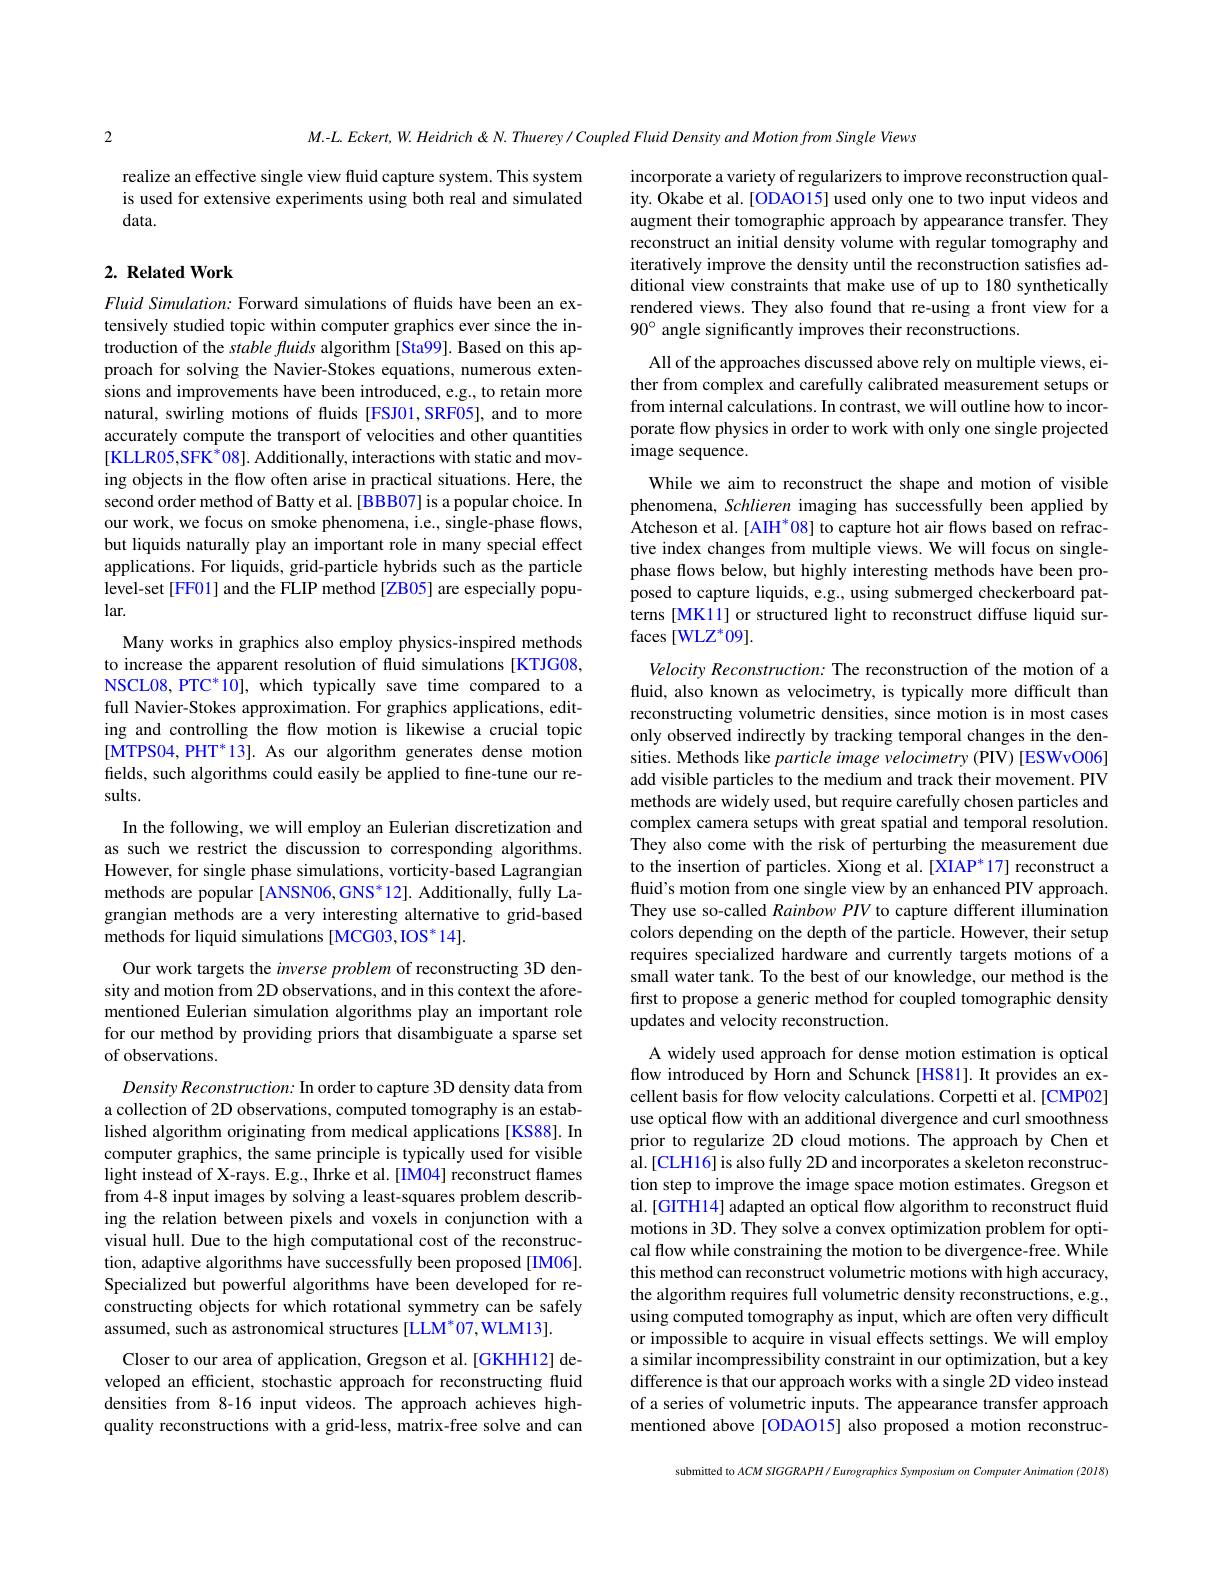
2

$M.-L.Eckert,W.Heidrich\&N.Thuerey/CoupledFluidDensityandMotionfromSingleViews$

realize an effective single view fluid capture system. This system is used for extensive experiments using both real and simulated data.

incorporate a variety of regularizers to improve reconstruction quality. Okabe et al. [ODAO15] used only one to two input videos and augment their tomographic approach by appearance transfer. They reconstruct an initial density volume with regular tomography and iteratively improve the density until the reconstruction satisfies additional view constraints that make use of up to 180 synthetically rendered views. They also found that re-using a front view for a $90^{\circ} angle significantly improves their reconstructions.$

## $2. \textbf{Related Work}$

All of the approaches discussed above rely on multiple views, either from complex and carefully calibrated measurement setups or from internal calculations. In contrast, we will outline how to incorporate flow physics in order to work with only one single projected image sequence.

While we aim to reconstruct the shape and motion of visible phenomena, Schlieren imaging has successfully been applied by Atcheson et al.[ AIH'08] to capture hot air flows based on refractive index changes from multiple views. We will focus on singlephase flows below, but highly interesting methods have been proposed to capture liquids, e.g., using submerged checkerboard patterns [MK11] or structured light to reconstruct diffuse liquid surfaces [WLZ*09].

Velocity Reconstruction: The reconstruction of the motion of a fluid, also known as velocimetry, is typically more difficult than reconstructing volumetric densities, since motion is in most cases only observed indirectly by tracking temporal changes in the densities. Methods like particle image velocimetry (PIV) [ESWvO06] add visible particles to the medium and track their movement. PIV methods are widely used, but require carefully chosen particles and complex camera setups with great spatial and temporal resolution. They also come with the risk of perturbing the measurement due to the insertion of particles. Xiong et al.[XIAP*17] reconstruct a fluid's motion from one single view by an enhanced PIV approach. They use so-called Rainbow PIV to capture different illumination colors depending on the depth of the particle. However, their setup requires specialized hardware and currently targets motions of a small water tank. To the best of our knowledge, our method is the first to propose a generic method for coupled tomographic density updates and velocity reconstruction.
A widely used approach for dense motion estimation is optical flow introduced by Horn and Schunck [HS81]. It provides an excellent basis for flow velocity calculations. Corpetti et al.[CMP02] use optical flow with an additional divergence and curl smoothness prior to regularize 2D cloud motions. The approach by Chen et al.[CLH16] is also fully 2D and incorporates a skeleton reconstruction step to improve the image space motion estimates. Gregson et

Fluid Simulation: Forward simulations of fluids have been an extensively studied topic within computer graphics ever since the introduction of the stable fluids algorithm [Sta99]. Based on this approach for solving the Navier-Stokes equations, numerous extensions and improvements have been introduced, e.g., to retain more natural, swirling motions of fluids [FSJ01,SRF05], and to more accurately compute the transport of velocities and other quantities [KLLR05,SFK$^*08].$ Additionally, interactions with static and moving objects in the flow often arise in practical situations. Here, the second order method of Batty et al.[BBB07] is a popular choice. In our work, we focus on smoke phenomena, i.e., single-phase flows, but liquids naturally play an important role in many special effect applications. For liquids, grid-particle hybrids such as the particle level-set [FF01] and the FLIP method [ZB05] are especially popular.
Many works in graphics also employ physics-inspired methods to increase the apparent resolution of fluid simulations [KTJG08, NSCL08, PTC*10], which typically save time compared to a full Navier-Stokes approximation. For graphics applications, editing and controlling the flow motion is likewise a crucial topic [MTPS04, PHT*13]. As our algorithm generates dense motion fields, such algorithms could easily be applied to fine-tune our results.
In the following, we will employ an Eulerian discretization and as such we restrict the discussion to corresponding algorithms. However, for single phase simulations, vorticity-based Lagrangian methods are popular [ANSN06,GNS*12]. Additionally, fully Lagrangian methods are a very interesting alternative to grid-based methods for liquid simulations [MCG03,IOS*14].
Our work targets the inverse problem of reconstructing 3D density and motion from 2D observations, and in this context the aforementioned Eulerian simulation algorithms play an important role for our method by providing priors that disambiguate a sparse set of observations.
Density Reconstruction: In order to capture 3D density data from a collection of 2D observations, computed tomography is an established algorithm originating from medical applications [KS88]. In computer graphics, the same principle is typically used for visible light instead of X-rays. E.g., Ihrke et al. [IM04] reconstruct flames from 4-8 input images by solving a least-squares problem describing the relation between pixels and voxels in conjunction with a visual hull. Due to the high computational cost of the reconstruction, adaptive algorithms have successfully been proposed [IM06]. Specialized but powerful algorithms have been developed for reconstructing objects for which rotational symmetry can be safely assumed, such as astronomical structures [LLM*07,WLM13].
Closer to our area of application, Gregson et al.[GKHH12] developed an efficient, stochastic approach for reconstructing fluid densities from 8-16 input videos. The approach achieves highquality reconstructions with a grid-less, matrix-free solve and can

al.[GITH14] adapted an optical flow algorithm to reconstruct fluid motions in 3D. They solve a convex optimization problem for optical flow while constraining the motion to be divergence-free. While this method can reconstruct volumetric motions with high accuracy, the algorithm requires full volumetric density reconstructions, e.g., using computed tomography as input, which are often very difficult or impossible to acquire in visual effects settings. We will employ a similar incompressibility constraint in our optimization, but a key difference is that our approach works with a single 2D video instead of a series of volumetric inputs. The appearance transfer approach mentioned above[ODAO15] also proposed a motion reconstruc-

submitted

$ACM$ SIGGRAPH/ Eurographics Symposium on Computer Animation (2018)